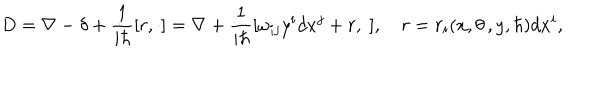
D = \nabla - \delta + \frac 1 { i \hbar } [ r , \cdot ] = \nabla + \frac 1 { i \hbar } [ \omega _ { i j } y ^ { i } d x ^ { j } + r , \cdot ] , \quad r = r _ { i } ( x , \theta \, , y , \hbar ) d x ^ { i } ,